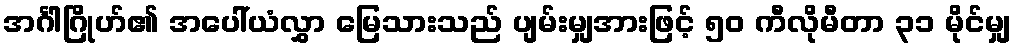
အင်္ဂါဂြိုဟ်၏ အပေါ်ယံလွှာ မြေသားသည် ပျမ်းမျှအားဖြင့် ၅၀ ကီလိုမီတာ ၃၁ မိုင်မျှ